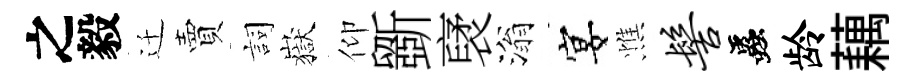
之毅迁賣詞嶽仰斵裦滃宴憔髻蟲龄藕